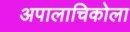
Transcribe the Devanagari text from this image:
अपालाचिकोला